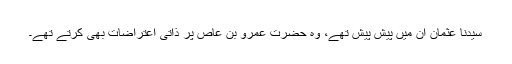
سیدنا عثمان ان میں پیش پیش تھے، وہ حضرت عمرو بن عاص پر ذاتی اعتراضات بھی کرتے تھے۔